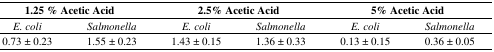
| <COLSPAN=2> 1.25 % Acetic Acid | <COLSPAN=2> 2.5% Acetic Acid | <COLSPAN=2> 5% Acetic Acid |
 | --- | --- | --- | --- | --- | --- |
 | E. coli | Salmonella | E. coli | Salmonella | E. coli | Salmonella |
 | 0.73 ± 0.23 | 1.55 ± 0.23 | 1.43 ± 0.15 | 1.36 ± 0.33 | 0.13 ± 0.15 | 0.36 ± 0.05 |